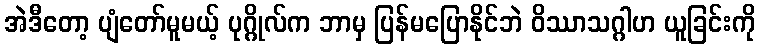
အဲဒီတော့ ပျံတော်မူမယ့် ပုဂ္ဂိုလ်က ဘာမှ ပြန်မပြောနိုင်ဘဲ ဝိဿာသဂ္ဂါဟ ယူခြင်းကို